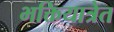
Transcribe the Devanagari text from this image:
भक्तियात्रेत